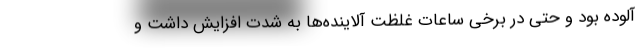
آلوده بود و حتی در برخی ساعات غلظت آلاینده‌ها به شدت افزایش داشت و